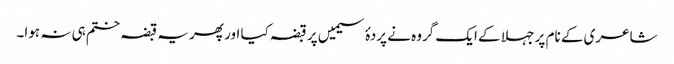
شاعری کے نام پر جہلا کے ایک گروہ نے پردۂ سیمیں پر قبضہ کیا اور پھر یہ قبضہ ختم ہی نہ ہوا۔